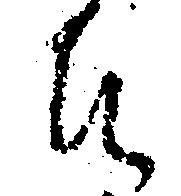
御